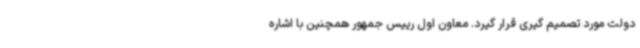
دولت مورد تصمیم گیری قرار گیرد. معاون اول رییس جمهور همچنین با اشاره